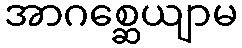
အာဂစ္ဆေယျာမ